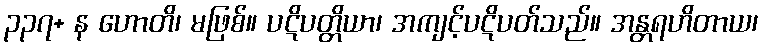
၃၃၇+ န ဟောတိ၊ မဖြစ်။ ပဋိပတ္တိယာ၊ အကျင့်ပဋိပတ်သည်။ အန္တရဟိတာယ၊